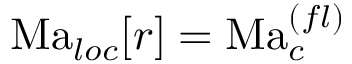
\mathrm { M a } _ { l o c } [ r ] = \mathrm { M a } _ { c } ^ { ( f l ) }